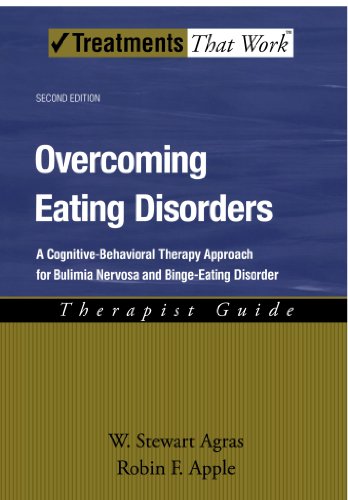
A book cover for Overcoming Eating Disorders: A Cognitive-Behavioral Therapy Approach for Bulimia Nervosa and Binge-Eating Disorder (Treatments That Work); W. Stewart Agras; Health, Fitness & Dieting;